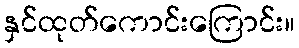
နှင်ထုတ်ကောင်းကြောင်း။